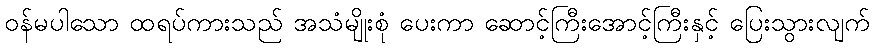
ဝန်မပါသော ထရပ်ကားသည် အသံမျိုးစုံ ပေးကာ ဆောင့်ကြီးအောင့်ကြီးနှင့် ပြေးသွားလျက်